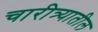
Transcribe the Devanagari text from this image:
चारीत्र्यातील